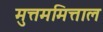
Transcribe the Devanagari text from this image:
मुत्तममित्ताल